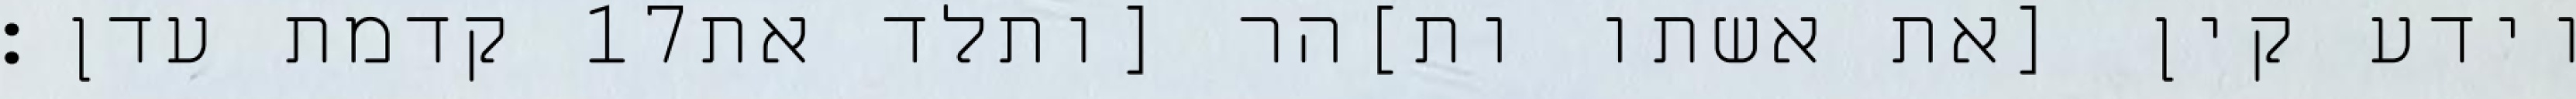
קדמת עדן׃ ‎17‏ וידע קין [את אשתו ות]הר [ותלד את